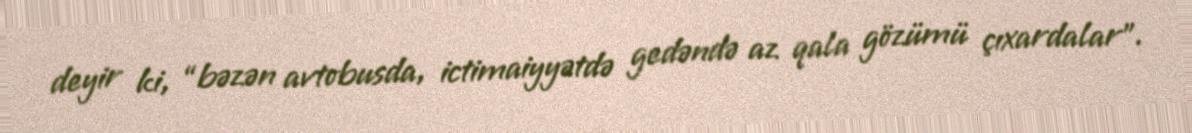
deyir ki, “bəzən avtobusda, ictimaiyyətdə gedəndə az qala gözümü çıxardalar”.